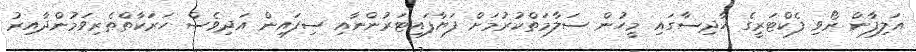
އަލިފާން ރޯވި ފެކްޓަރީގެ ހާދިސާގައި މީހުން ސަލާމަތްކުރުމަށް ފަޔާފައިޓަރުންނާއި ސިފައިން އަދިވެސް ހަރަކާތްތެރިވަމުންދާއިރު